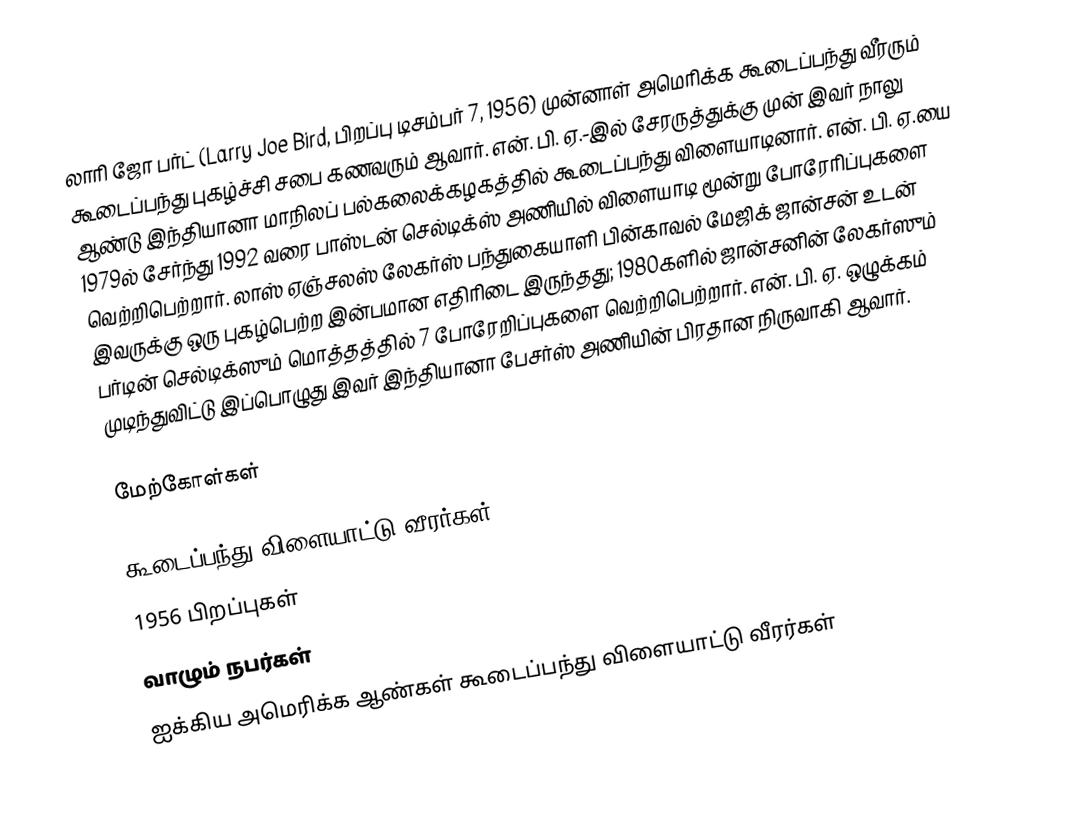
லாரி ஜோ பர்ட் (Larry Joe Bird, பிறப்பு டிசம்பர் 7, 1956) முன்னாள் அமெரிக்க கூடைப்பந்து வீரரும் கூடைப்பந்து புகழ்ச்சி சபை கணவரும் ஆவார். என். பி. ஏ.-இல் சேரருத்துக்கு முன் இவர் நாலு ஆண்டு இந்தியானா மாநிலப் பல்கலைக்கழகத்தில் கூடைப்பந்து விளையாடினார். என். பி. ஏ.யை 1979ல் சேர்ந்து 1992 வரை பாஸ்டன் செல்டிக்ஸ் அணியில் விளையாடி மூன்று போரேரிப்புகளை வெற்றிபெற்றார். லாஸ் ஏஞ்சலஸ் லேகர்ஸ் பந்துகையாளி பின்காவல் மேஜிக் ஜான்சன் உடன் இவருக்கு ஒரு புகழ்பெற்ற இன்பமான எதிரிடை இருந்தது; 1980களில் ஜான்சனின் லேகர்ஸும் பர்டின் செல்டிக்ஸும் மொத்தத்தில் 7 போரேறிப்புகளை வெற்றிபெற்றார். என். பி. ஏ. ஒழுக்கம் முடிந்துவிட்டு இப்பொழுது இவர் இந்தியானா பேசர்ஸ் அணியின் பிரதான நிருவாகி ஆவார்.

மேற்கோள்கள்

கூடைப்பந்து விளையாட்டு வீரர்கள்
1956 பிறப்புகள்
வாழும் நபர்கள்
ஐக்கிய அமெரிக்க ஆண்கள் கூடைப்பந்து விளையாட்டு வீரர்கள்